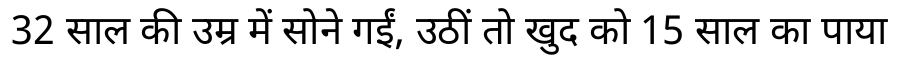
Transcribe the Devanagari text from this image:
32 साल की उम्र में सोने गईं, उठीं तो खुद को 15 साल का पाया